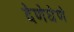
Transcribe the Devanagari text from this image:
देणेघेणे